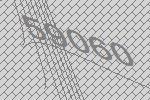
59060